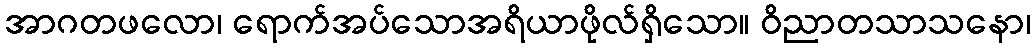
အာဂတဖလော၊ ရောက်အပ်သောအရိယာဖိုလ်ရှိသော။ ဝိညာတသာသနော၊